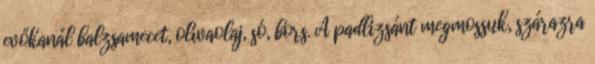
evőkanál balzsamecet, olívaolaj, só, bors. A padlizsánt megmossuk, szárazra